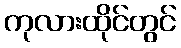
ကုလားထိုင်တွင်